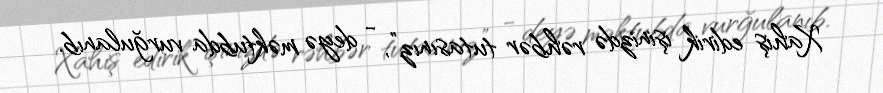
Xahiş edirik işinizdə rəhbər tutasınız”, - deyə məktubda vurğulanıb.